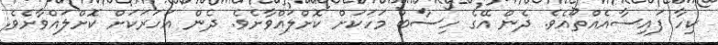
ކިހާ ފައިސާއެއްތޯއެވެ. ދެން އޭގެ ހިސާބު މަހަކަށް ކޮށްލައްވާށެވެ. ދެން އަހަރަކަށް ކޮށްލައްވާށެވެ.